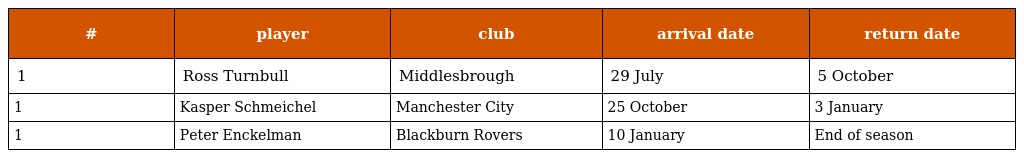
| # | player | club | arrival date | return date |
 | --- | --- | --- | --- | --- |
 | 1 | Ross Turnbull | Middlesbrough | 29 July | 5 October |
 | 1 | Kasper Schmeichel | Manchester City | 25 October | 3 January |
 | 1 | Peter Enckelman | Blackburn Rovers | 10 January | End of season |